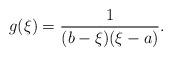
LaTeX: \begin{align*}g(\xi) = \frac{1}{(b-\xi)(\xi-a)}.\end{align*}